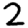
Digit: 2